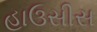
હાઉસીસ